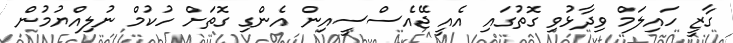
ގާޒީ ހައިލަމް ވިދާޅުވި ގޮތުގައި އެއީ ޖޭއެސްސީއިން އެންގި ގޮތަށް ހުކުމް ނުލިއްޔުމުން